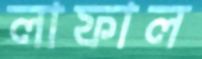
লাফাল